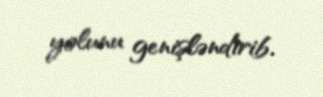
yolunu genişləndirib.